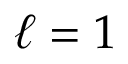
\ell = 1